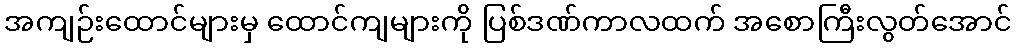
အကျဉ်းထောင်များမှ ထောင်ကျများကို ပြစ်ဒဏ်ကာလထက် အစောကြီးလွတ်အောင်